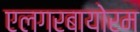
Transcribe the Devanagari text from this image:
एलगरबायोरम